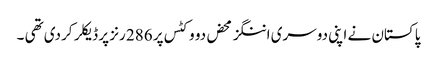
پاکستان نے اپنی دوسری اننگز محض دو وکٹس پر 286 رنز پر ڈیکلر کردی تھی ۔